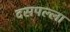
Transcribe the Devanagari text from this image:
दसपल्ला